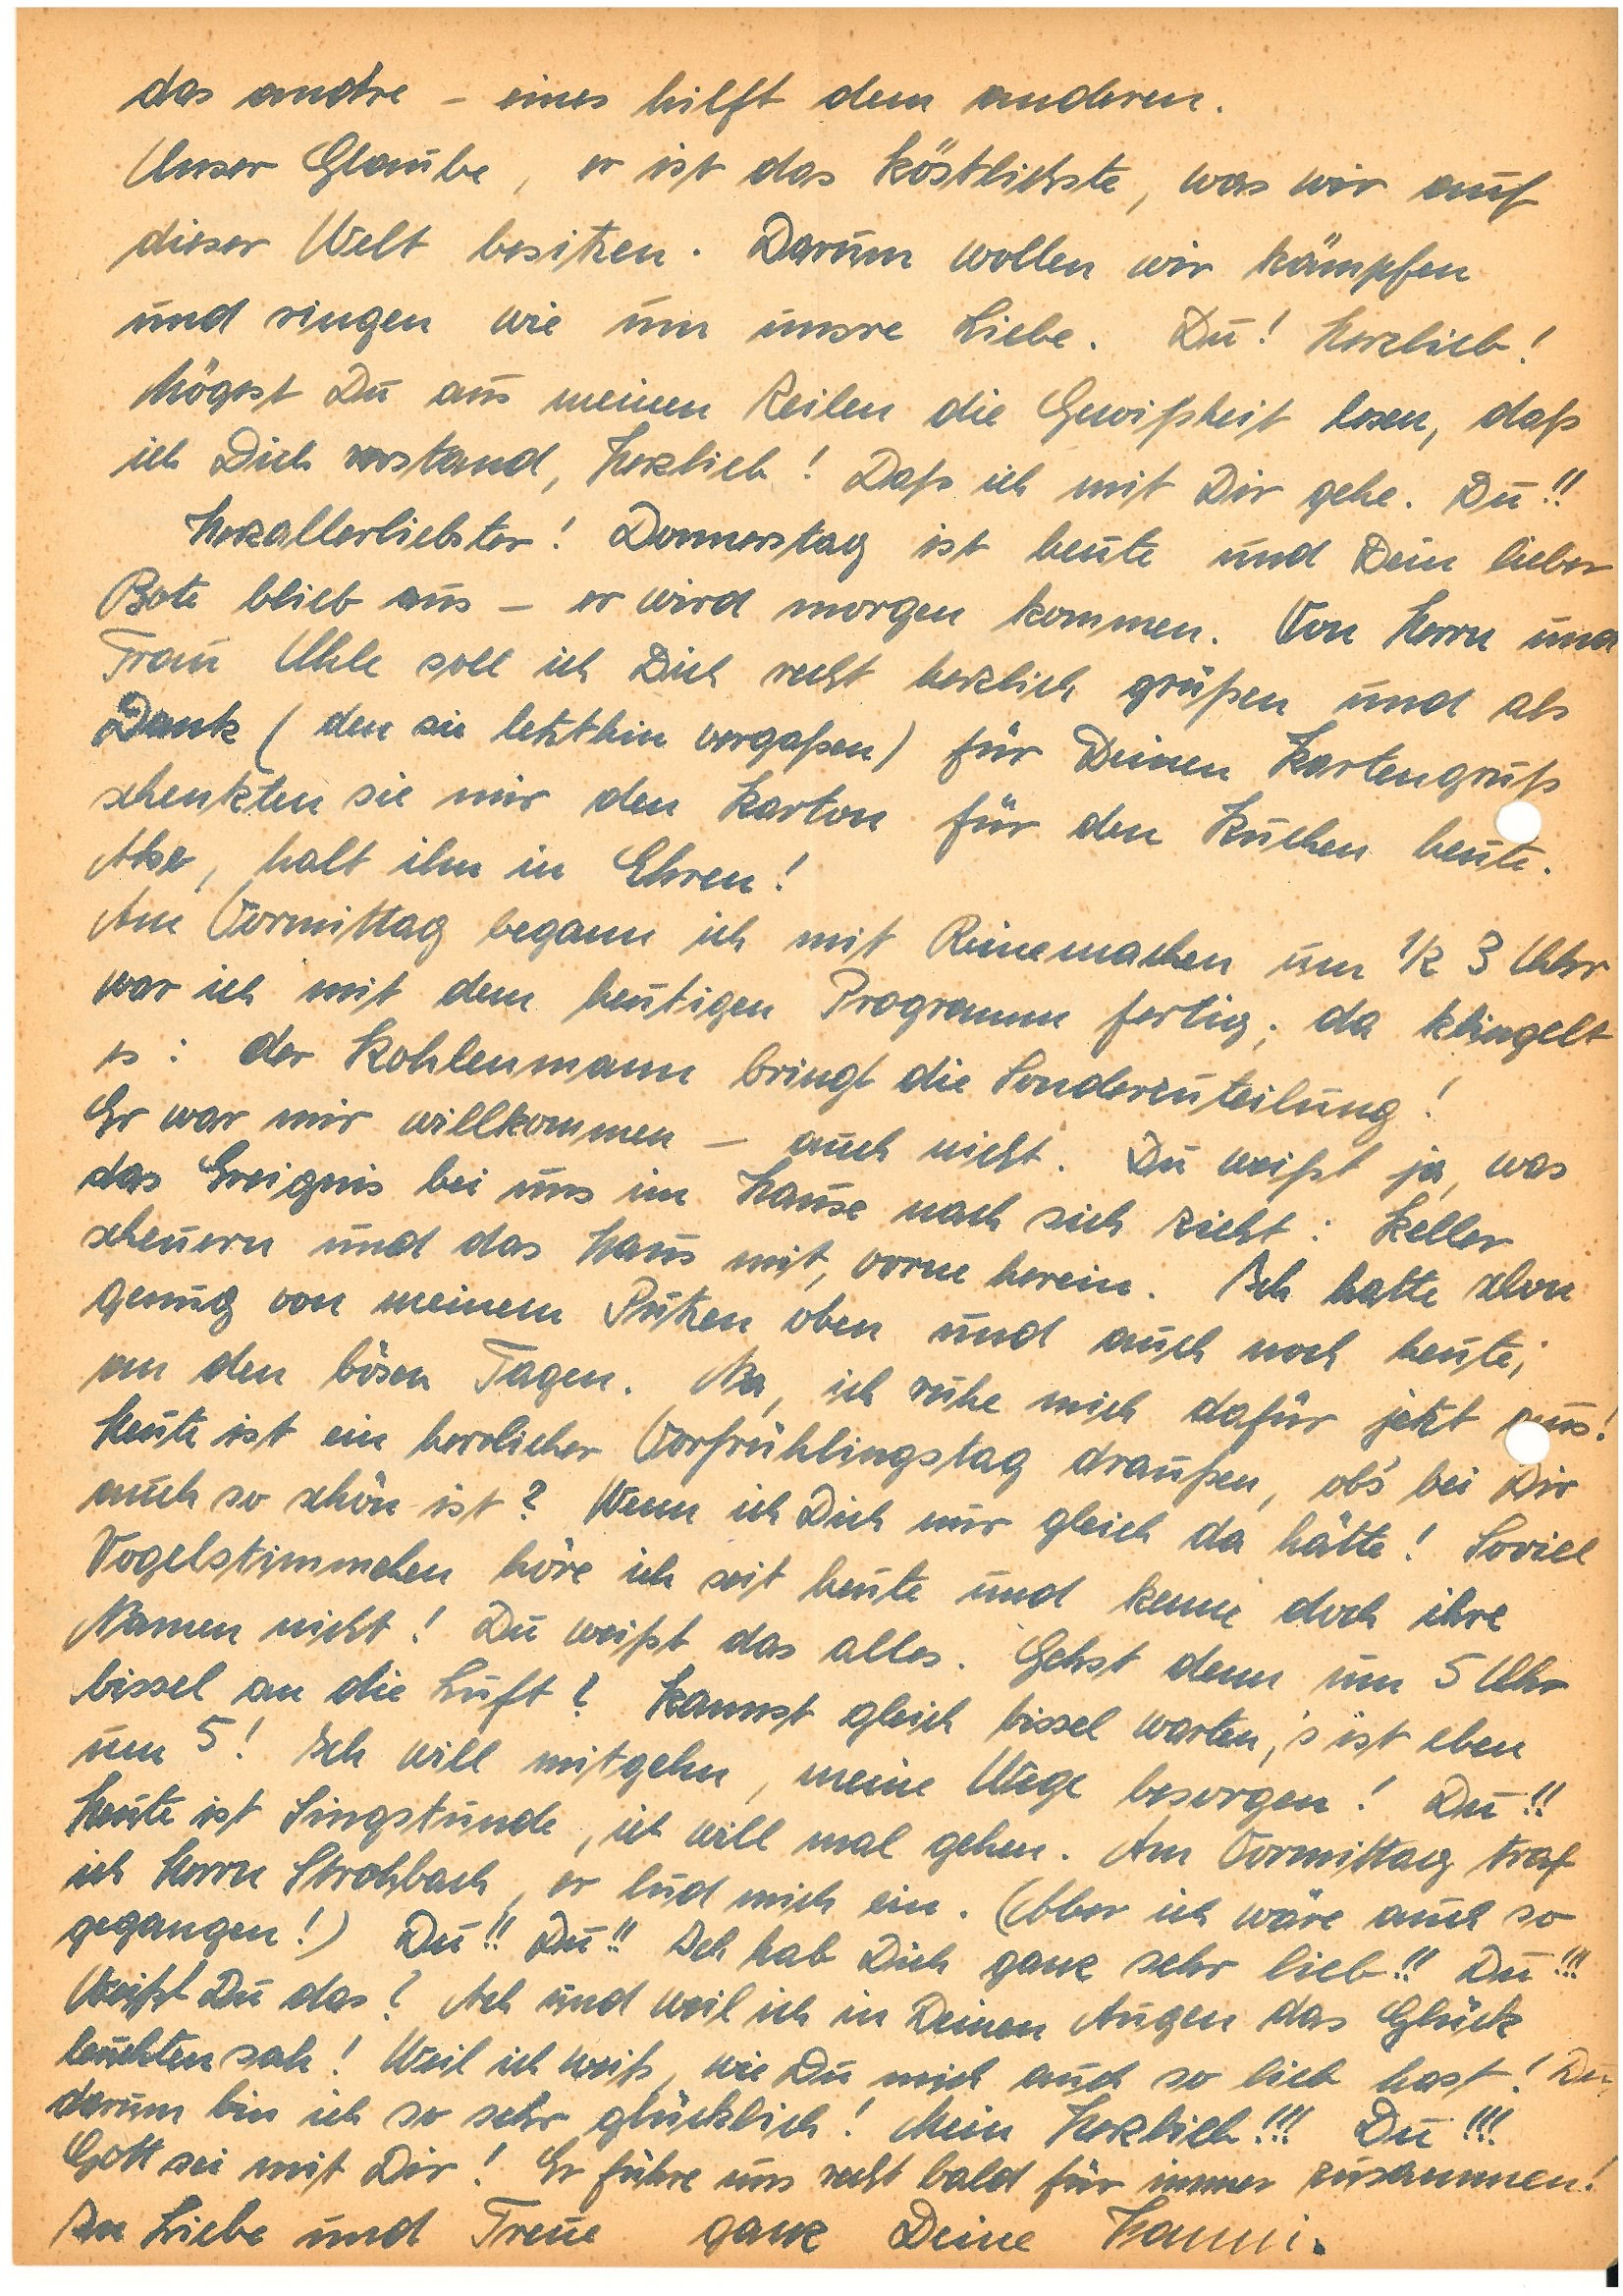
das andre – eines hilft dem anderen.
Unser Gaube, er ist das Köstlichste, was wir auf
dieser Welt besitzen. Darum wollen wir kämpfen
und ringen wie um unsre Liebe. Du! Herzlieb!
Mögest Du aus meinen Zeilen die Gewissheit lesen, daß
ich Dich verstand, Herzlieb! Daß ich mit Dir gehe. Du!!
Herzallerliebster! Donnerstag ist heute und Dein lieber
Bote blieb aus – er wird morgen kommen. Von Herr und
Frau U. soll ich Dich recht herzlich grüßen und als
Dank (den sie letzthin vergaßen) für deinen Kartengruß
schenkten sie mir den Karton für den Kuchen heute.
Also, halt ihn in Ehren!
Am Vormittag begann ich mit Reinemachen um ½ 3 Uhr
war ich mit dem heutigen Programm fertig; da klingelte
es: Der Kohlenmann bringt die Sonderzuteilung!
Er war mir willkommen – auch nicht. Du weißt ja, was
das Ereignis bei uns im Hause nach sich zieht: Keller
scheuern und das Haus mit, vorne herein. Ich hatte schon
genug von meinem Putzen oben und auch noch heute;
an den bösen Tagen. Na, ich ruhe mich dafür jetzt aus!
Heute ist ein herrlicher Vorfrühlingstag draußen, obs´ bei Dir
auch so schön ist? Wenn ich Dich nur gleich da hätte! Soviel
Vogelstimmchen höre ich seit heute und kenne doch ihre
Namen nicht! Du weißt das alles. Gehst denn um 5 Uhr
bissel an die Luft? Kannst gleich bissel warten, ‘s ist eben
um 5 ! Ich will mitgehen, meine Wege besorgen! Du!!
Heute ist Singstunde, ich will mal gehen. Am Vormittag traf
ich Herrn S., er lud mich ein. (Aber ich wäre auch so
gegangen!) Du!! Du!! Ich hab Dich ganz sehr lieb!! Du!!!
Weißt Du das? Ach und weil ich in Deinen Augen das Glück
leuchten sah! Weil ich weiß, wie Du mich auch so lieb hast! Du,
darum bin ich so sehr glücklich! Mein Herzlieb!!! Du!!!
Gott sei mit Dir! Er führe uns recht bald für immer zusammen!
In Liebe und Treue ganz Deine .